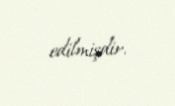
edilmişdir.